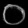
Digit: ၀